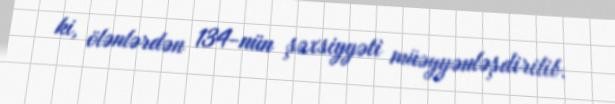
ki, ölənlərdən 134-nün şəxsiyyəti müəyyənləşdirilib.